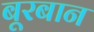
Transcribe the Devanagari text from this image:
बूरबान